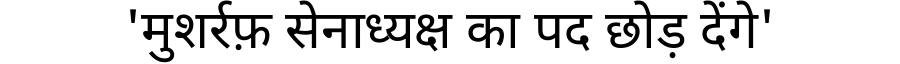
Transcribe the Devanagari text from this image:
'मुशर्रफ़ सेनाध्यक्ष का पद छोड़ देंगे'